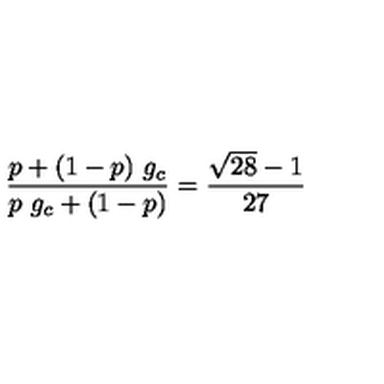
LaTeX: { \frac { p + ( 1 - p ) \ g _ { c } } { p \ g _ { c } + ( 1 - p ) } } = { \frac { \sqrt { 2 8 } - 1 } { 2 7 } }